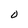
Character: O